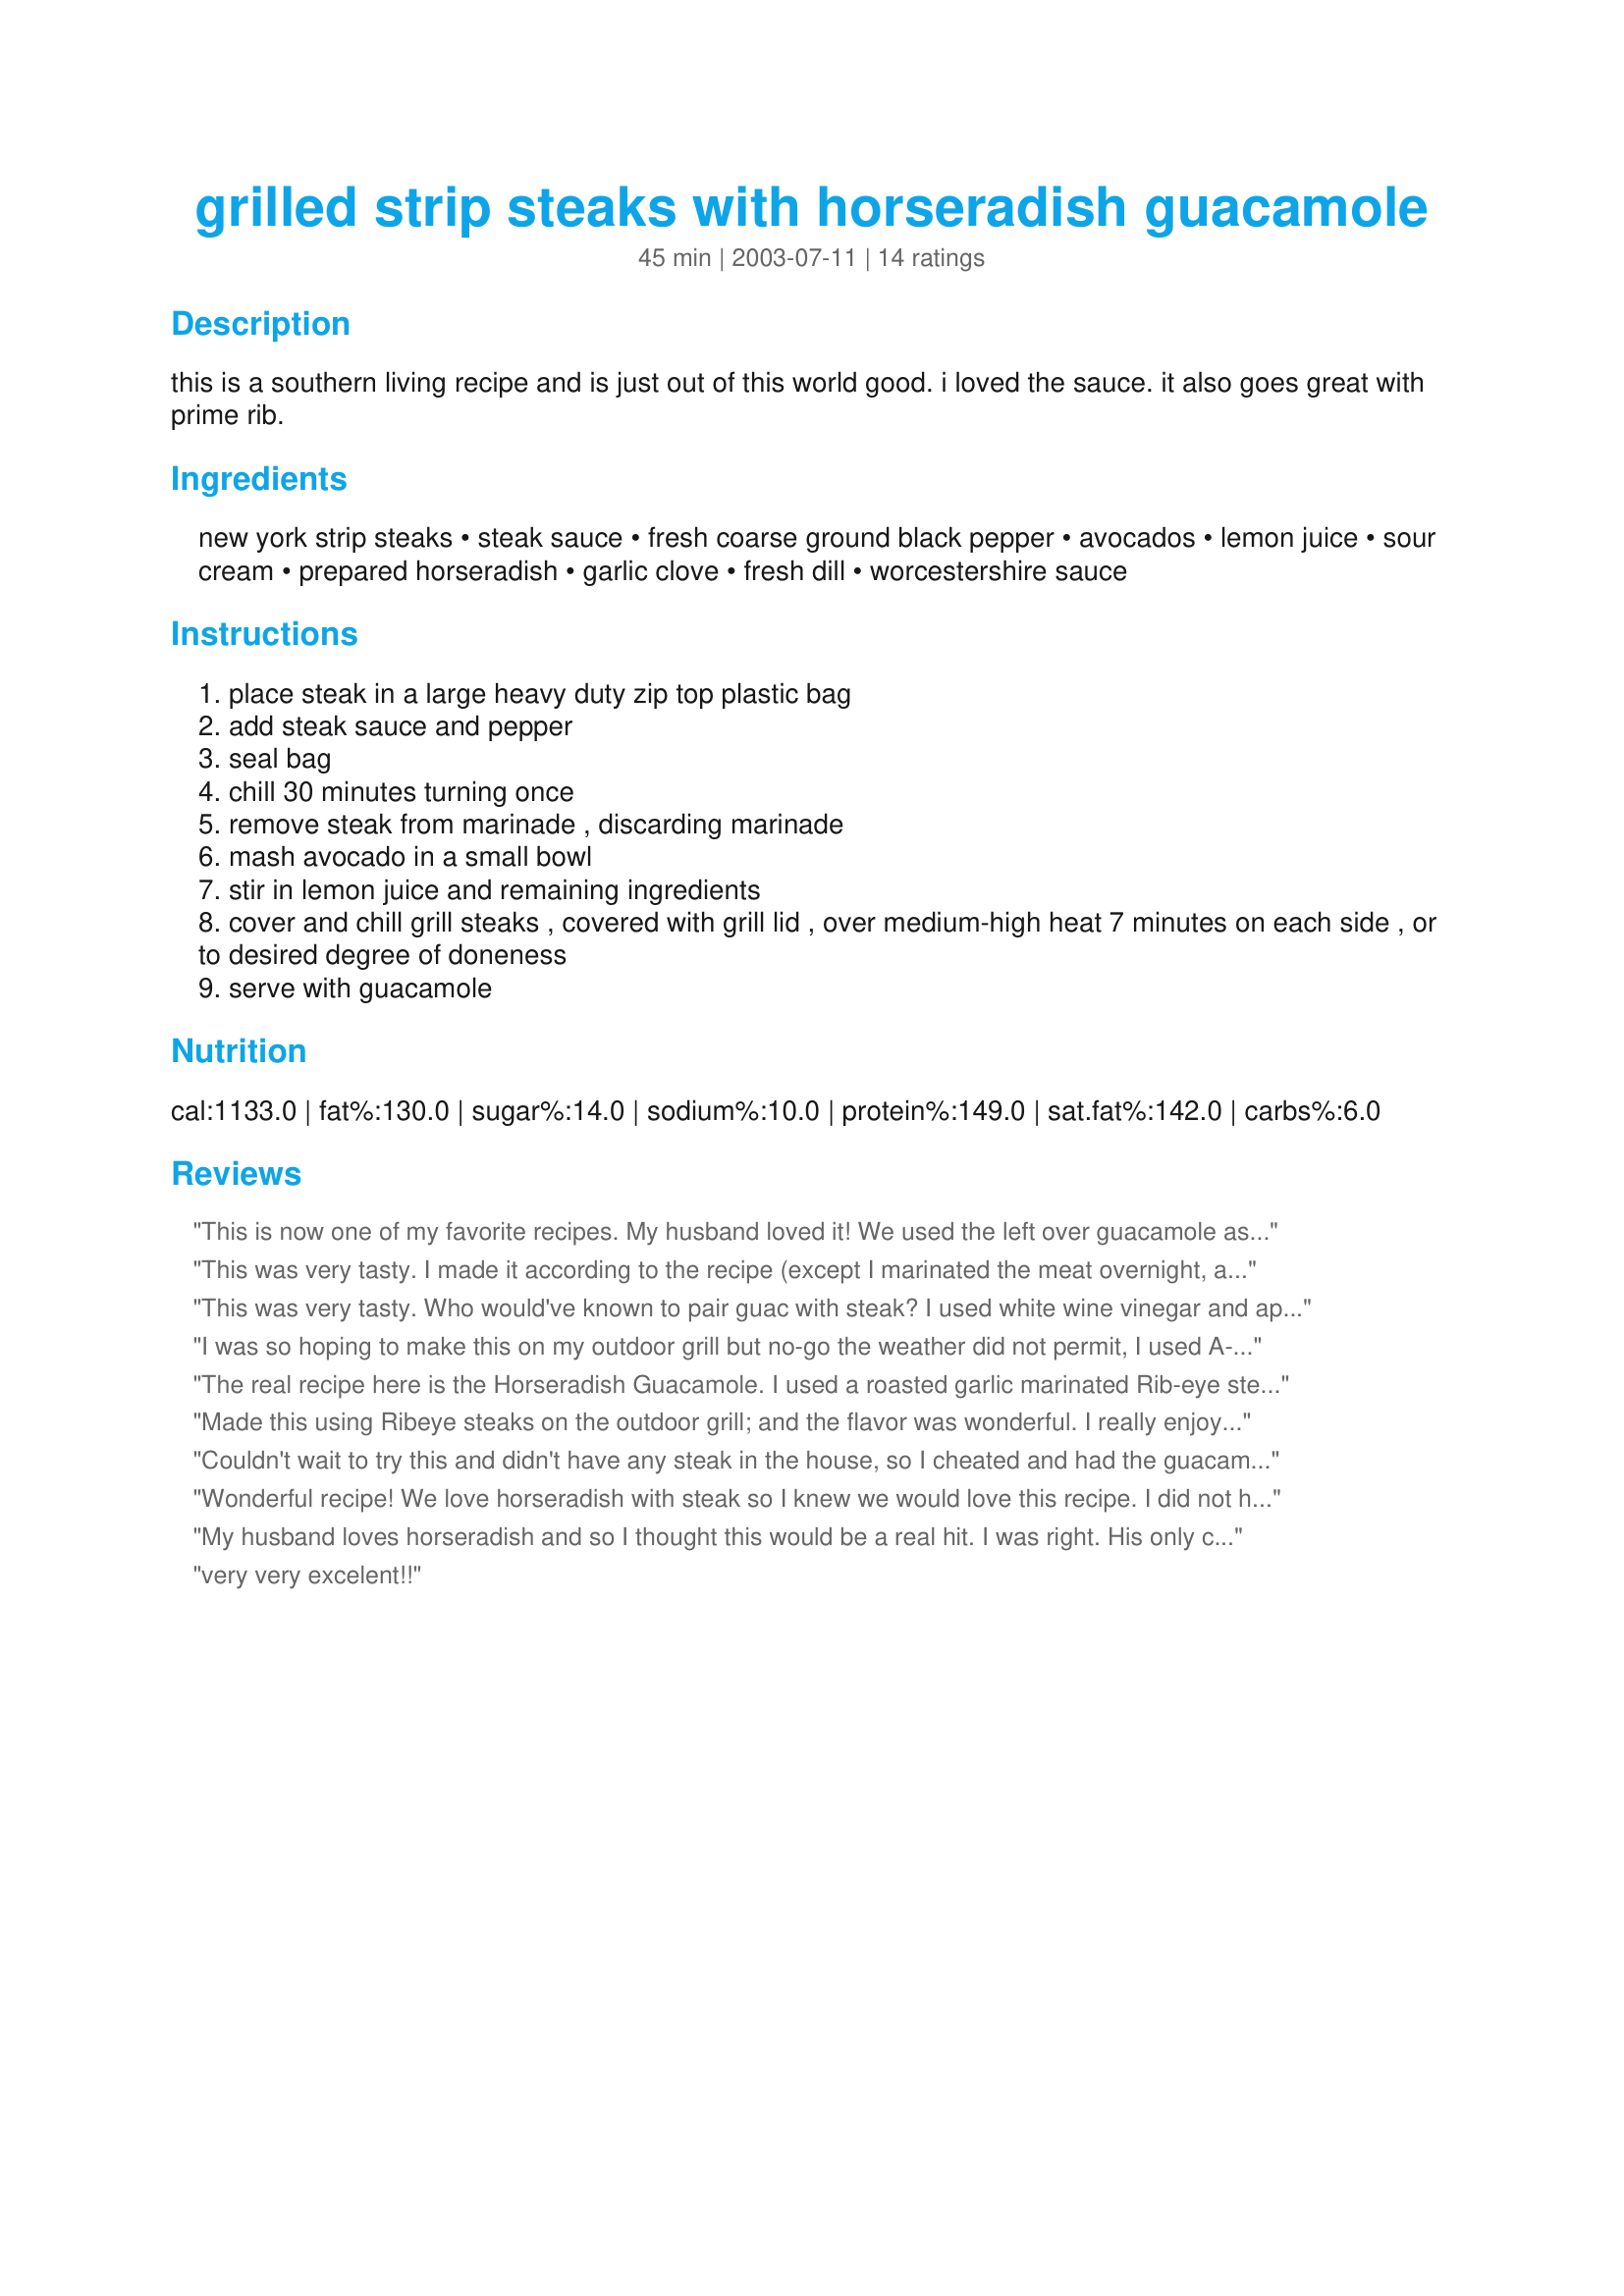
grilled strip steaks with horseradish guacamole
Preparation time: 45 minutes

this is a southern living recipe and is just out of this world good. i loved the sauce. it also goes great with prime rib.

Ingredients:
new york strip steaks, steak sauce, fresh coarse ground black pepper, avocados, lemon juice, sour cream, prepared horseradish, garlic clove, fresh dill, worcestershire sauce

Steps:
place steak in a large heavy duty zip top plastic bag
add steak sauce and pepper
seal bag
chill 30 minutes turning once
remove steak from marinade , discarding marinade
mash avocado in a small bowl
stir in lemon juice and remaining ingredients
cover and chill grill steaks , covered with grill lid , over medium-high heat 7 minutes on each side , or to desired degree of doneness
serve with guacamole

Reviews:
This is now one of my favorite recipes. My husband loved it! We used the left over guacamole as a spead on sandwiches and they were a hit at my office.
This was very tasty. I made it according to the recipe (except I marinated the meat overnight, and LOVED it), the only thing I'd change next time is to a *little* easier on the horseradish, it overpowered the other ingredients.
This was very tasty. Who would've known to pair guac with steak? I used white wine vinegar and apple cider vinegar in place of lemon juice and omitted the dill. Make sure to season the guac to taste as this makes a big difference in the overall flavor. I skipped the steak sauce as well since I hate the stuff and just seasoned my steak with some garlic powder, salt and pepper. A very tasty meal. I'll be enjoying the rest of the guac today with some soft tacos. Thanks!
I was so hoping to make this on my outdoor grill but no-go the weather did not permit, I used A-1 Steak Sauce, and for the avocado mixture increased the fresh garlic and reduced the dill to only a pinch, the guacamole goes wonderful with on the side of steak, the steak marinated overnight and I also made the avocado mixture a day ahead to blend flavors, thanks for sharing Nimzie!
The real recipe here is the Horseradish Guacamole. I used a roasted garlic marinated Rib-eye steak. But the Sauce - YUM. I was eating tablespoons of it out of the dish, then I graduated to tortilla chips. I did have enough to serve on the steaks, and it was wonderful. A nice twist on guacamole, that can be served with salads, chips, and of couse on steak!
Made this using Ribeye steaks on the outdoor grill; and the flavor was wonderful. I really enjoyed the combination of horseradish with the guacamole. I marinated the steak overnight using A1.
Couldn't wait to try this and didn't have any steak in the house, so I cheated and had the guacamole on hamburger patties (ground sirloin). The Horseradish Guacamole is TO DIE FOR!! Agree with Kelbel that it would make a great dip or salad dressing. Superb job, dcmac!
Wonderful recipe! We love horseradish with steak so I knew we would love this recipe. I did not have steak sauce so I did as reviewer, FlemishMinx, did and used Kitz's <a href="/71055">Really Easy and Good Steak Sauce</a> - PERFECT! We grow horseradish so I added fresh horseradish from the garden instead of the prepared horseradish. Wonderful flavor! I love the addition of the avocado to the horseradish and sour cream!!! Ingenious! Thanks Nims!
My husband loves horseradish and so I thought this would be a real hit. I was right. His only complaint is that he wished it were more horseradish, so will add a bit more next time. Thanks Nimz for pleasing my hubby's belly.
very very excelent!!
We enjoyed this but I thought the lemon juice overpowered the other flavors in the guacamole (before making this I was worried the horseradish would be too strong but it wasn't at all). Next time I will use just a splash of lemon juice. Thanks for posting. Made for PRMR.
Delicious way to prepare a steak. As I can't buy "steak sauce" here in Belgium, I used Kittencal's recipe Steak Sauce #71055 for the marinade portion. The combination of marinated steak and horseradish guac is superb. Thanks for posting !
Delicious, and super easy! Skipped the dill because the idea didn't appeal to me, and went heavy on the garlic. DH was skeptical, but one bite of the guac with the steak won him over. Good with chips, too. I will definitely make this again. I'd like to try the guac as the sauce for a roast beef wrap with vegies. Yum.
Excellent! I used Kittencal's steak sauce recipe (as another reviewer did). In the guacamole, I used lime juice and dried dill--it had a wonderful flavor from the horseradish but next time I will add a little salt.
